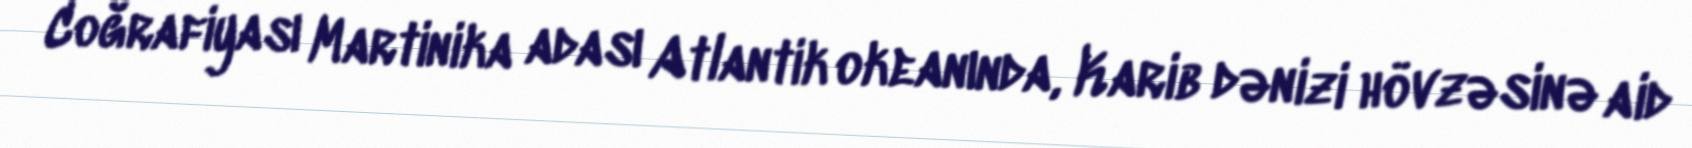
Coğrafiyası Martinika adası Atlantik okeanında, Karib dənizi hövzəsinə aid